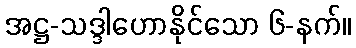
အဋ္ဌ-သဒ္ဒါဟောနိုင်သော ၆-နက်။